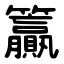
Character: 籯